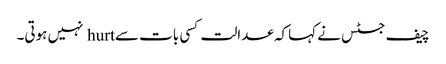
چیف جسٹس نے کہاکہ عدالت کسی بات سے hurt نہیں ہوتی۔